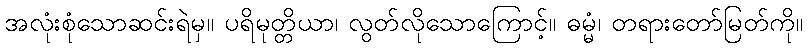
အလုံးစုံသောဆင်းရဲမှ။ ပရိမုတ္တိယာ၊ လွတ်လိုသောကြောင့်။ ဓမ္မံ၊ တရားတော်မြတ်ကို။